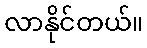
လာနိုင်တယ်။